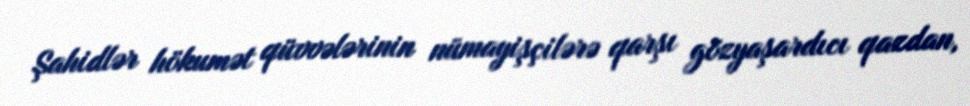
Şahidlər hökumət qüvvələrinin nümayişçilərə qarşı gözyaşardıcı qazdan,